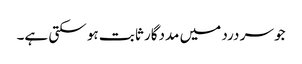
جو سر درد میں مددگار ثابت ہو سکتی ہے۔